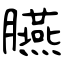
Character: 臙